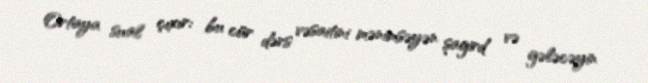
Ortaya sual çıxır: bu cür dərs vəsaitini mənimsəyən şagird və gələcəyin